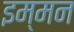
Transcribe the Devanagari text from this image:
इम्मन